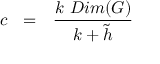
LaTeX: c ~ ~ = ~ ~ { \frac { k ~ D i m ( G ) } { k + { \tilde { h } } } }